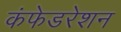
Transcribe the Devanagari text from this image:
कंफेडरेशन